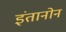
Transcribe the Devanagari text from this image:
इंतानोन